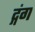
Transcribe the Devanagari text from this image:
द्गंग